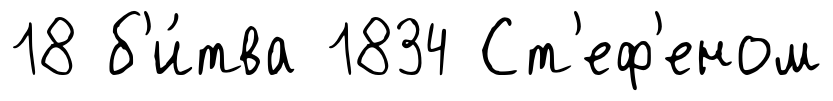
18 б'и́тва 1834 Ст'еф'еном